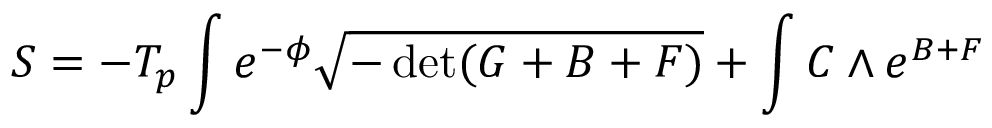
S = - T _ { p } \int e ^ { - \phi } \sqrt { - \operatorname * { d e t } ( G + B + F ) } + \int C \wedge e ^ { B + F }